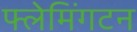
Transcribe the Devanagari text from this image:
फ्लेमिंगटन